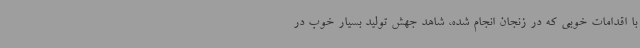
با اقدامات خوبی که در زنجان انجام شده، شاهد جهش تولید بسیار خوب در